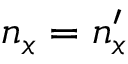
n _ { x } = n _ { x } ^ { \prime }